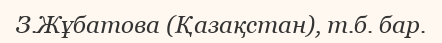
З.Жұбатова (Қазақстан), т.б. бар.